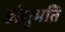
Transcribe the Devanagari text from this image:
अंशुमति